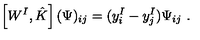
\left[ W ^ { I } , \hat { K } \right] ( \Psi ) _ { i j } = ( y _ { i } ^ { I } - y _ { j } ^ { I } ) \Psi _ { i j } \ .